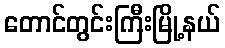
တောင်တွင်းကြီးမြို့နယ်